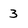
Character: 3